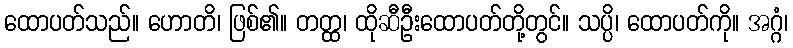
ထောပတ်သည်။ ဟောတိ၊ ဖြစ်၏။ တတ္ထ၊ ထိုဆီဦးထောပတ်တို့တွင်။ သပ္ပိ၊ ထောပတ်ကို။ အဂ္ဂံ၊